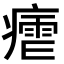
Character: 𭼠